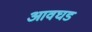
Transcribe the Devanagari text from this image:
आवघड